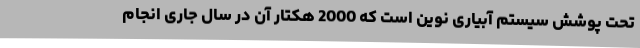
تحت پوشش سیستم آبیاری نوین است که 2000 هکتار آن در سال جاری انجام